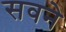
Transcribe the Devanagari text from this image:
सवने